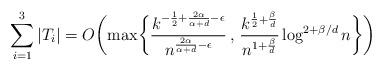
LaTeX: \begin{align*}\sum_{i=1}^3 |T_i| = O \biggl( \max\biggl\{\frac{k^{-\frac{1}{2}+\frac{2\alpha}{\alpha+d} - \epsilon}}{n^{\frac{2\alpha}{\alpha+d} - \epsilon}} \, , \, \frac{k^{\frac{1}{2}+\frac{\beta}{d}}}{n^{1+\frac{\beta}{d}}}\log^{2+\beta/d}n\biggr\} \biggr)\end{align*}